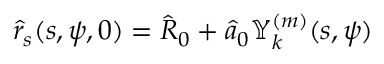
\hat { r } _ { s } ( s , \psi , 0 ) = \hat { R } _ { 0 } + \hat { a } _ { 0 } \mathbb { Y } _ { k } ^ { ( m ) } ( s , \psi )